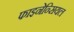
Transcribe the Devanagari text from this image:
फाइनेन्सियल